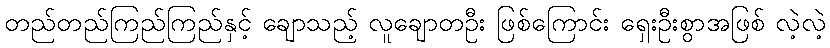
တည်တည်ကြည်ကြည်နှင့် ချောသည့် လူချောတဦး ဖြစ်ကြောင်း ရှေးဦးစွာအဖြစ် လဲ့လဲ့